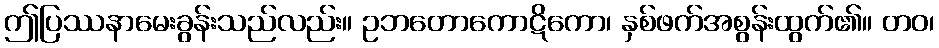
ဤပြဿနာမေးခွန်းသည်လည်း။ ဥဘတောကောဋိကော၊ နှစ်ဖက်အစွန်းထွက်၏။ တဝ၊